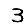
Digit: 3